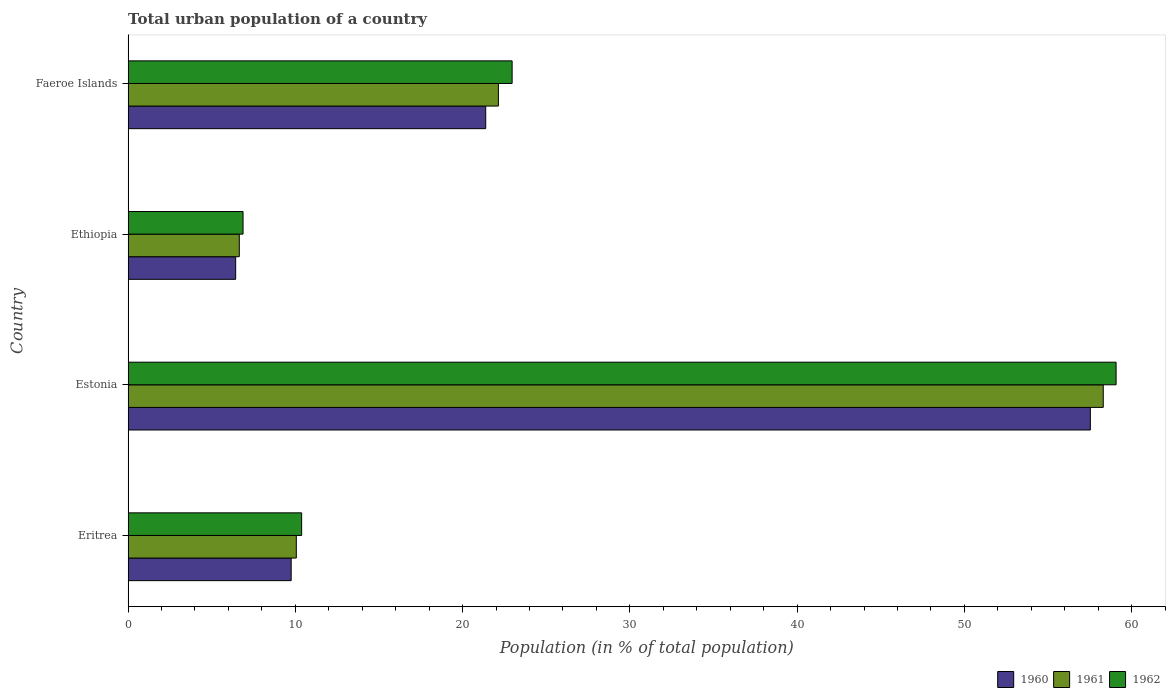
| Country | 1960 | 1961 | 1962 |
 | --- | --- | --- | --- |
 | Eritrea | 9.75 | 10.1 | 10.4 |
 | Estonia | 57.5 | 58.3 | 59.1 |
 | Ethiopia | 6.43 | 6.65 | 6.87 |
 | Faeroe Islands | 21.4 | 22.1 | 23 |